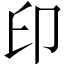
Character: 印